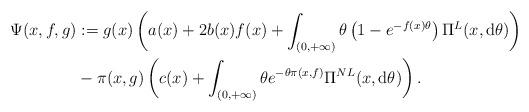
LaTeX: \begin{align*}\Psi(x,f,g)&:=g(x)\left(a(x)+2b(x)f(x)+\int_{(0,+\infty)}\theta\left(1-e^{-f(x)\theta}\right)\Pi^{L}(x,{\rm d}\theta)\right)\\&-\pi(x,g)\left(c(x)+\int_{(0,+\infty)}\theta e^{-\theta\pi(x,f)}\Pi^{NL}(x,{\rm d}\theta)\right).\end{align*}